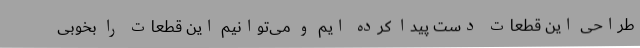
طراحی این قطعات دست پیدا کرده ایم و می‌توانیم این قطعات را بخوبی